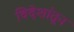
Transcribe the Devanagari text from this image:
विदेशांतून